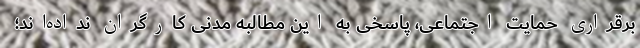
برقراری حمایت اجتماعی، پاسخی به این مطالبه مدنی کارگران نداده‌اند؛